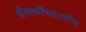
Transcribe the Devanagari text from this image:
जीवकचिंतामणि